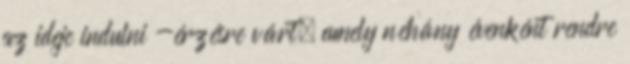
az ideje indulni -érzésre várt, amely néhány évenként rendre